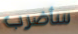
سأضرب